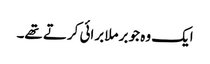
ایک وہ جو برملا برائی کرتے تھے۔